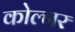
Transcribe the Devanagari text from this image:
कोल्नर